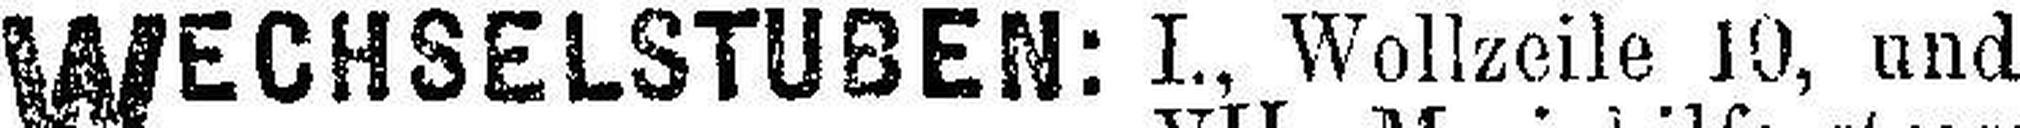
WECHSELSTUBEN: I., Wollzeile 10, und